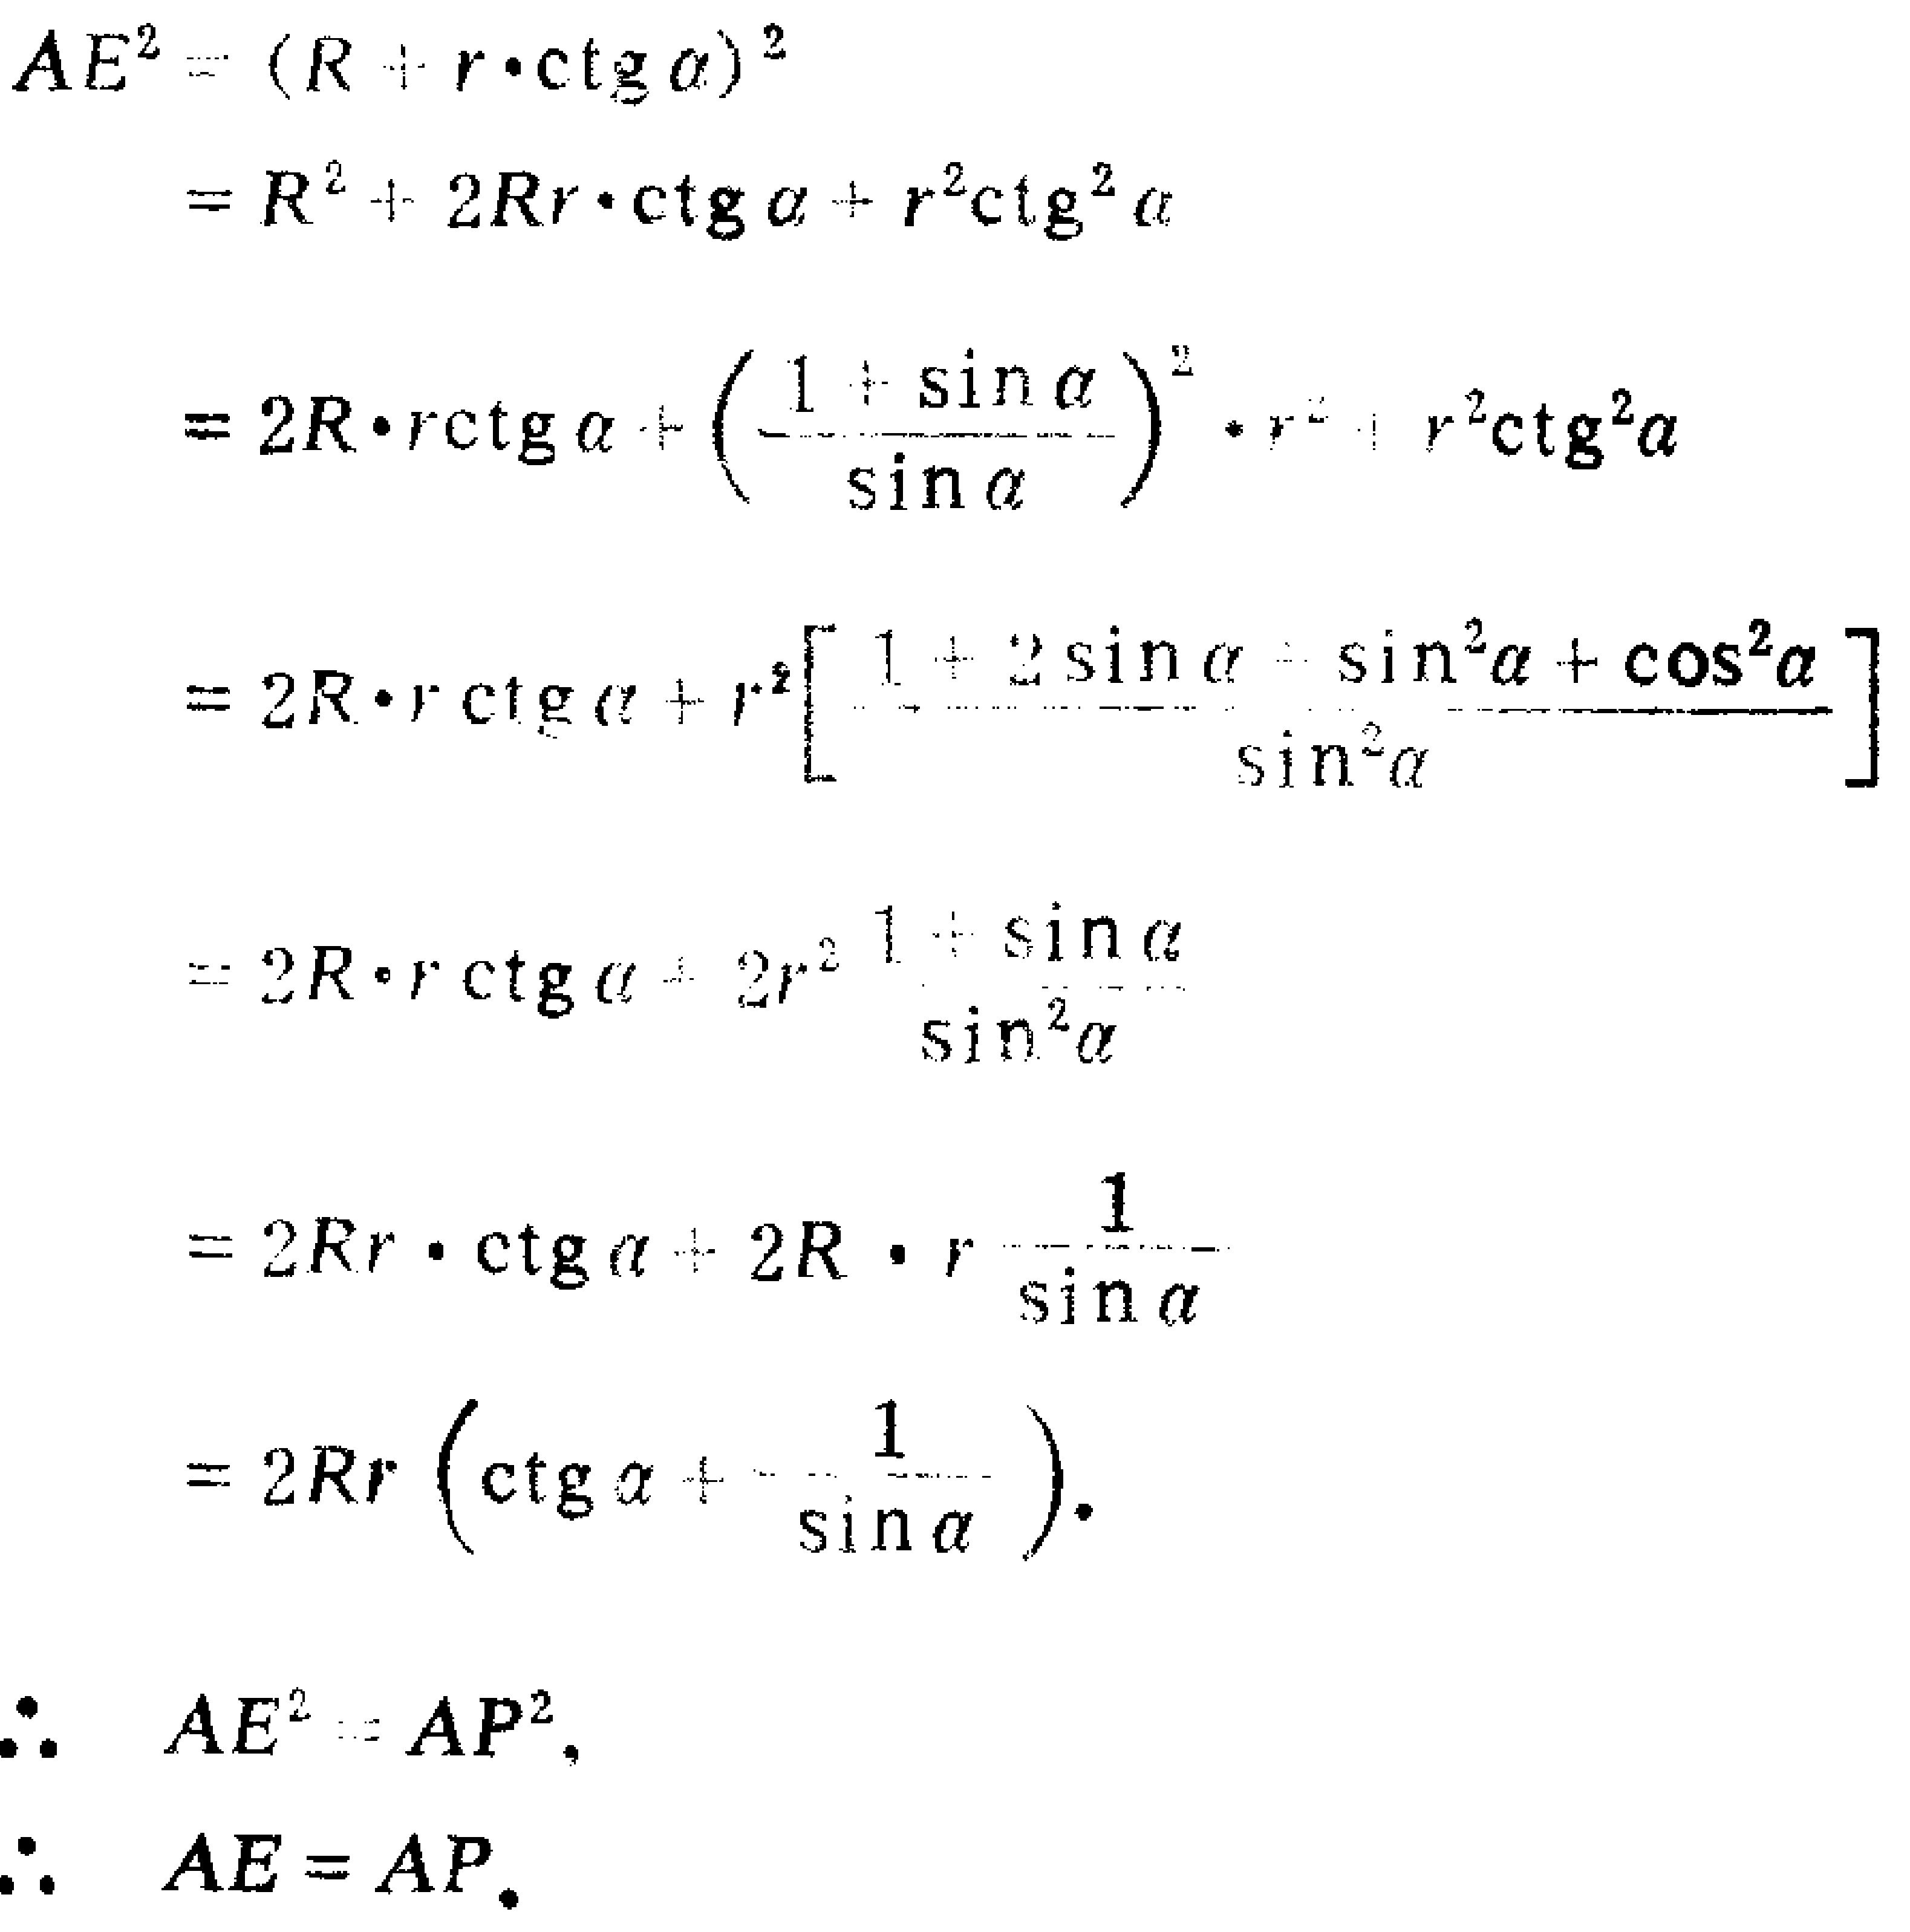
\[
\begin{align*}
AE^{2}&=(R + r\cdot\mathrm{ctg}\alpha)^{2}\\
&=R^{2}+ 2Rr\cdot\mathrm{ctg}\alpha+r^{2}\mathrm{ctg}^{2}\alpha\\
&=2R\cdot r\mathrm{ctg}\alpha+\left(\frac{1 + \sin\alpha}{\sin\alpha}\right)^{2}\cdot r^{2}+r^{2}\mathrm{ctg}^{2}\alpha\\
&=2R\cdot r\mathrm{ctg}\alpha+r^{2}\left[\frac{1 + 2\sin\alpha+\sin^{2}\alpha+\cos^{2}\alpha}{\sin^{2}\alpha}\right]\\
&=2R\cdot r\mathrm{ctg}\alpha+2r^{2}\frac{1 + \sin\alpha}{\sin^{2}\alpha}\\
&=2Rr\cdot\mathrm{ctg}\alpha+2R\cdot r\frac{1}{\sin\alpha}\\
&=2Rr\left(\mathrm{ctg}\alpha+\frac{1}{\sin\alpha}\right).
\end{align*}
\]
\(\therefore AE^{2}=AP^{2},\)
\(\therefore AE = AP.\)